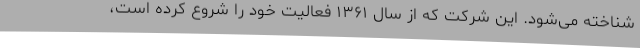
شناخته می‌شود. این شرکت که از سال ۱۳۶۱ فعالیت خود را شروع کرده است،